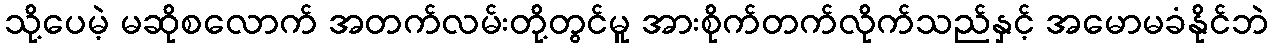
သို့ပေမဲ့ မဆိုစလောက် အတက်လမ်းတို့တွင်မူ အားစိုက်တက်လိုက်သည်နှင့် အမောမခံနိုင်ဘဲ